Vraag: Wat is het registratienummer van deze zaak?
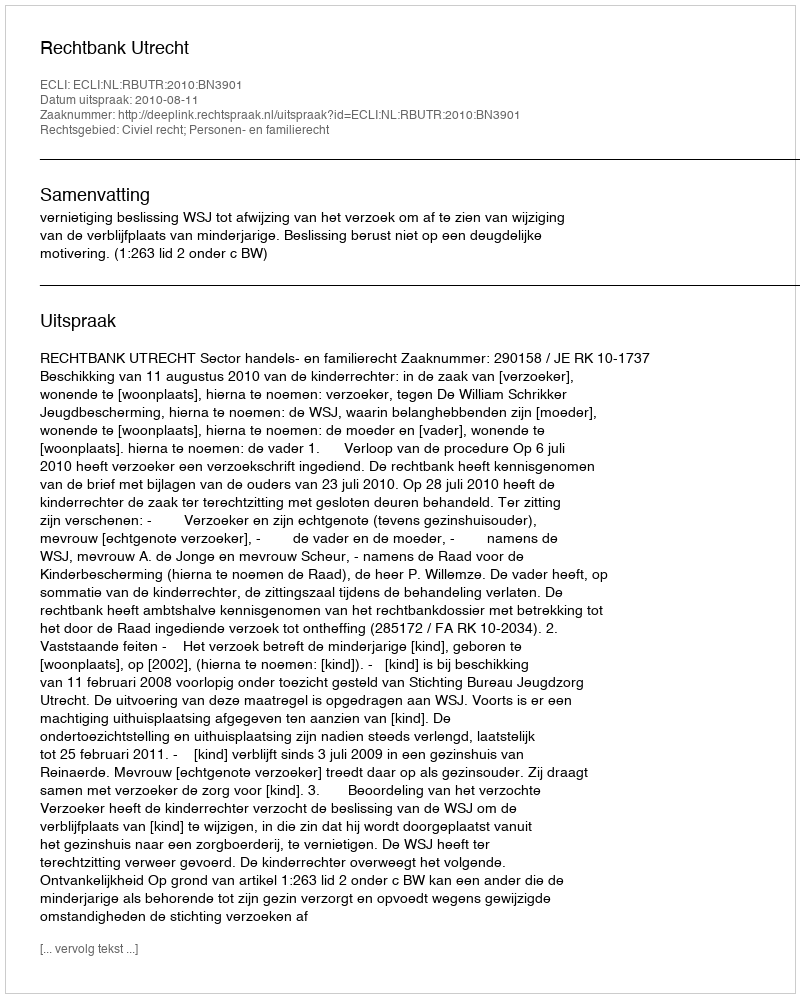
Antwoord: http://deeplink.rechtspraak.nl/uitspraak?id=ECLI:NL:RBUTR:2010:BN3901